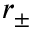
r _ { \pm }